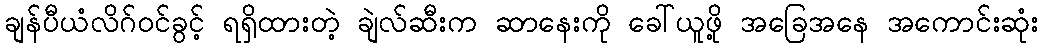
ချန်ပီယံလိဂ်ဝင်ခွင့် ရရှိထားတဲ့ ချဲလ်ဆီးက ဆာနေးကို ခေါ်ယူဖို့ အခြေအနေ အကောင်းဆုံး